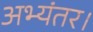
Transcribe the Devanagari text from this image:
अभ्यंतर।